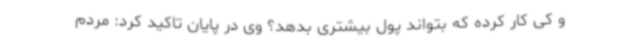
و کی کار کرده که بتواند پول بیشتری بدهد؟ وی در پایان تاکید کرد: مردم